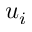
u _ { i }